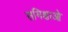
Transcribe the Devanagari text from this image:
समिक्षाओ